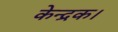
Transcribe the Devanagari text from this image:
केन्द्रक।